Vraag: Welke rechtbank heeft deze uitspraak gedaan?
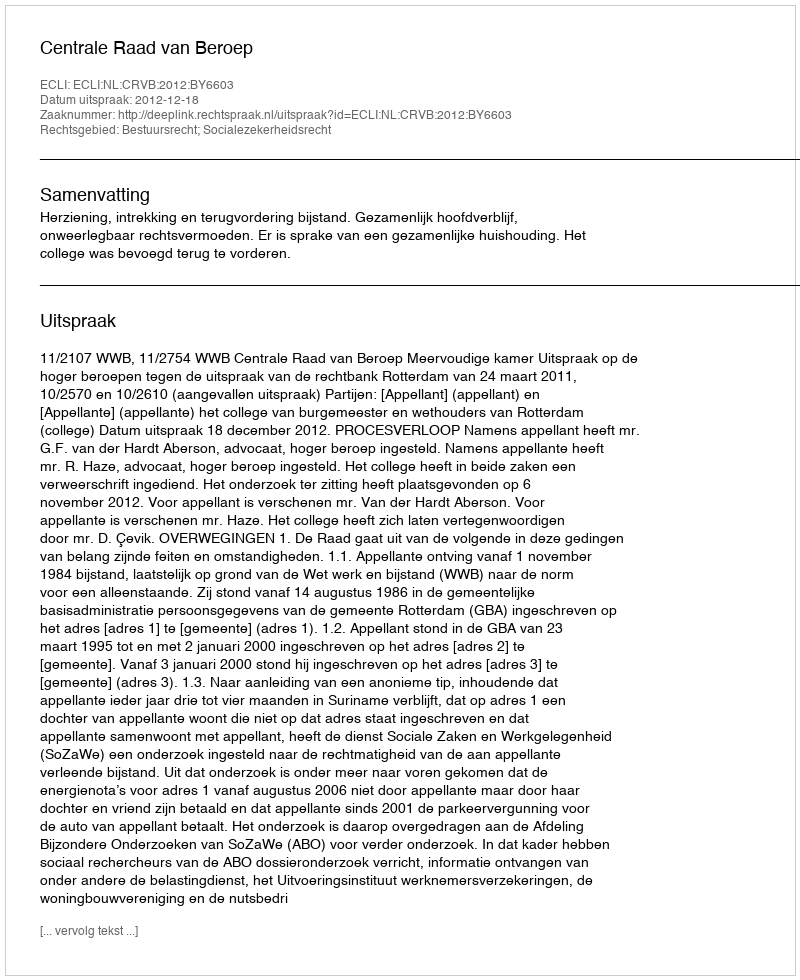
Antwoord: Centrale Raad van Beroep